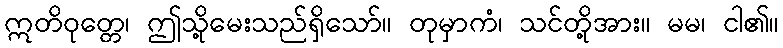
ဣတိဝုတ္တေ၊ ဤသို့မေးသည်ရှိသော်။ တုမှာကံ၊ သင်တို့အား။ မမ၊ ငါ၏။